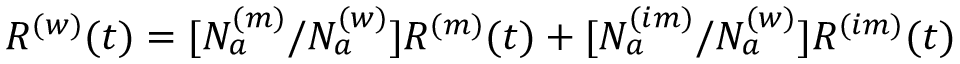
R ^ { ( w ) } ( t ) = [ N _ { a } ^ { ( m ) } / N _ { a } ^ { ( w ) } ] R ^ { ( m ) } ( t ) + [ N _ { a } ^ { ( i m ) } / N _ { a } ^ { ( w ) } ] R ^ { ( i m ) } ( t )